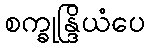
စက္ခုန္ဒြိယံပေ